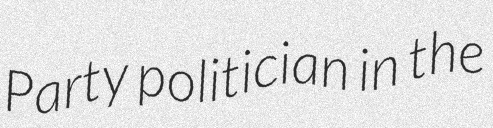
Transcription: Party politician in the